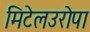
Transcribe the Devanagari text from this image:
मिटेलउरोपा